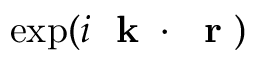
\exp ( i \mathrm { ~ \bf ~ k ~ } \cdot \mathrm { ~ \bf ~ r ~ } )